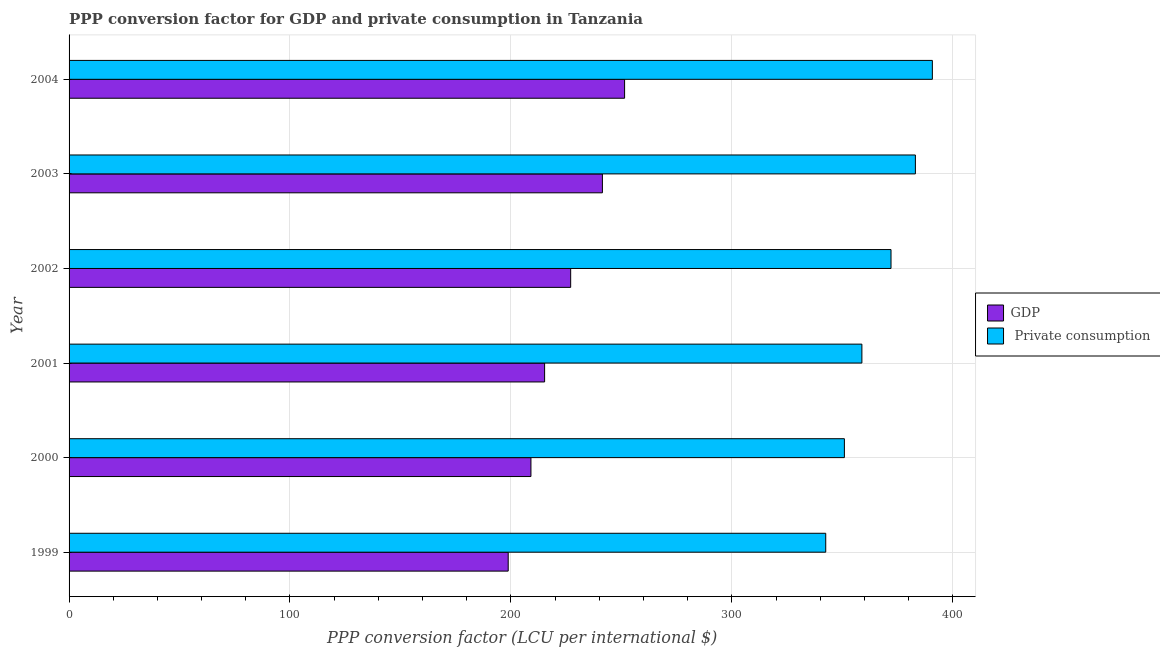
| Year | GDP |  Private consumption |
 | --- | --- | --- |
 | 1999 | 199 | 343 |
 | 2000 | 209 | 351 |
 | 2001 | 215 | 359 |
 | 2002 | 227 | 372 |
 | 2003 | 241 | 383 |
 | 2004 | 251 | 391 |